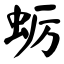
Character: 蛎